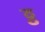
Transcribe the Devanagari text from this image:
ठ्ठ